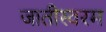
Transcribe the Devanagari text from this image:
जातीस्वरम